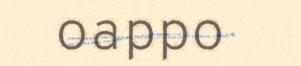
oappo